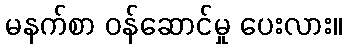
မနက်စာ ဝန်ဆောင်မှု ပေးလား။